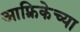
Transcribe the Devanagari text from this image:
आफ़्रिकेच्या